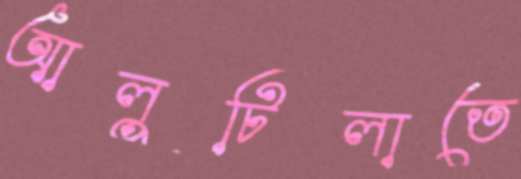
আলুটিলাতে